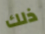
ذلك